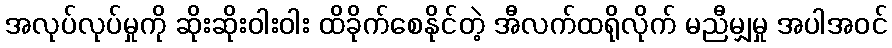
အလုပ်လုပ်မှုကို ဆိုးဆိုးဝါးဝါး ထိခိုက်စေနိုင်တဲ့ အီလက်ထရိုလိုက် မညီမျှမှု အပါအဝင်